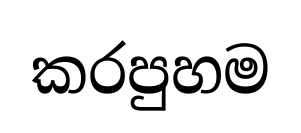
කරපුහම